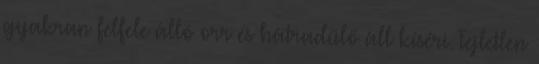
gyakran felfele álló orr és hátradűlő áll kíséri. Fejletlen